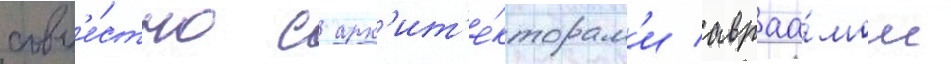
совм'е́стно с арх'ит'е́кторам'и авраа́мом